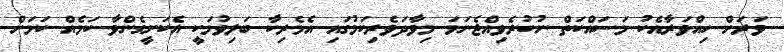
ވަރަށް ހިއްވަރާއެކު މަސައްކަތް ނުކުރެވިއްޖެނަމަ މިވާދަވެރިކަމުގައި އެމެރިކާ ބަލިވުމަކީ އެކަށީގެންވާ ކަމެއް ކަމަށް